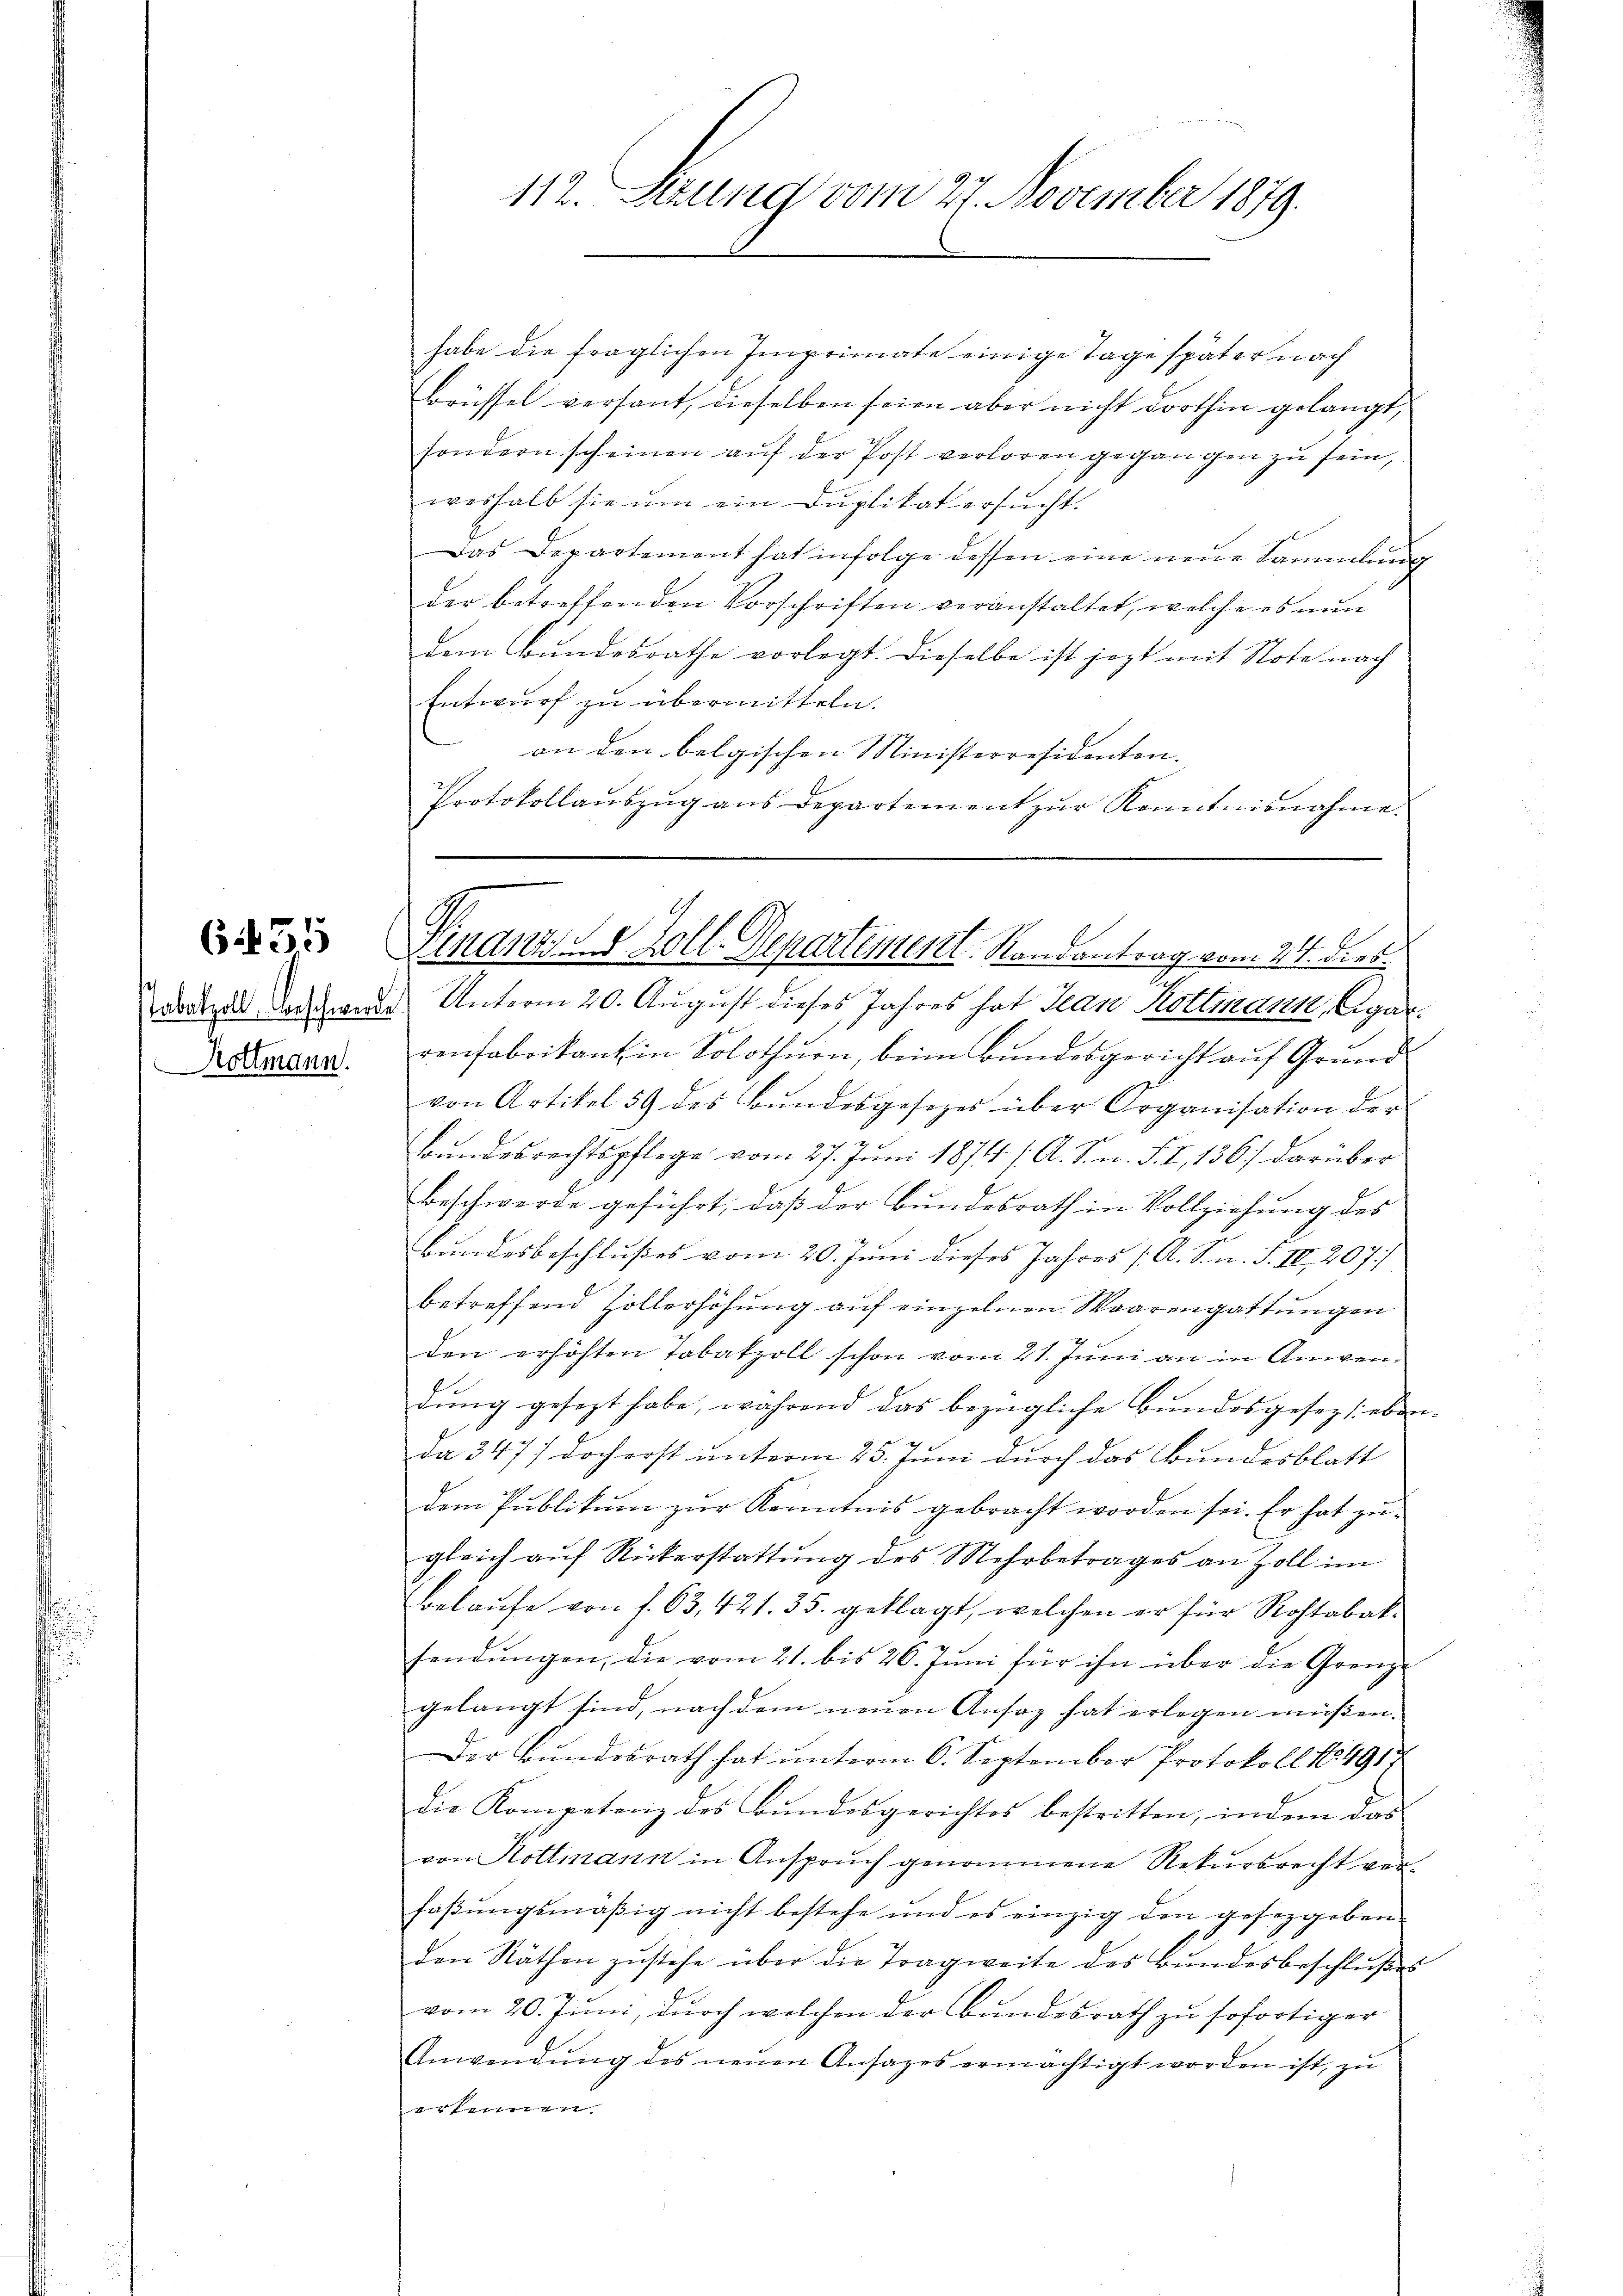
Bottmann.

habe die fraglichen Imprimate einige Tage später nach
Brüssel versant, dieselben seien aber nicht dorthin gelangt,
sondern scheinen auf der Post verloren gegangen zu sein,
weshalb sie ŭm ein Duplikat ersŭcht.
Das Departement hat infolge dessen eine neue Sammlung
der betreffenden Vorschriften veranstaltet, welche es nun
dem Bundesrathe vorlegt. Dieselbe ist jetzt mit Note nach
Entwurf zu übermitteln.
an den belgischen Ministerresidenten.
Protokollaŭszŭg aŭs departement zŭr Kenntnisnahme.

112. Sizung vom 27. November 1879.

3 Finanz, 8 Zoll-Departement. Randantrag vom 24. dies

onzil docende Unterm 20. August dieses Jahres hat Jean Rottmann, Cigarrenfabrikant in Solothurn, beim Bundesgericht auf Grund
von Artikel 59 des Bundesgesezes über Organisation der
Bundesrechtspflege vom 27. Juni 1874 /A. S. n. F. I, 136) darüber
Beschwerde geführt, daß der Bundesrath in Vollziehung des
Bundesbeschlußes vom 20. Juni dieses Jahres (A. S. n. F. III 207/
betreffend Zöllerhöhung auf einzelnen Waarengattungen
den erhöhten Tabatzoll schon vom 21. Juni an in Anwendŭng gesezt habe, während das bezügliche Bŭndesgesezt eben.
Da 347) doch erst unterm 25. Juni durch das Bundesblatt
dem Publikum zur Kenntnis gebracht worden sei. Er hat zugleich aŭf Rickerstattung des Mehrbetrages an Zoll im
Belaŭfe von f. 63, 421. 35. geklagt, welchen er für Rostabat-
sendungen, die vom 21. bis 26. Juni für ihn über die Grenzgelangt sind, nach dem neuen Ansag hat erlegen müßen.
Der Bundesrath hat unterm 6. September Protokoll 1491/
Die Kompetenz des Bŭndesgerichtes bestritten, indem das
von Hottmann in Anspruch genommene Rekursrecht verfaβŭngsmäßig nicht bestehe und es einzig den gesetzgeben.
den Räthen zŭstehe über die Tragweite des Bŭndesbeschlŭβes
g.
vom 20. Juni, durch welchen der Bundesrath zu sofortiger
Anwendŭng des neŭen Ansages ermächtigt worden ist, zu
erkennen.